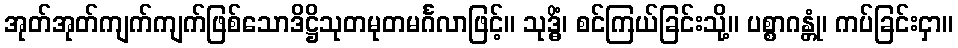
အုတ်အုတ်ကျက်ကျက်ဖြစ်သောဒိဋ္ဌိသုတမုတမင်္ဂလာဖြင့်။ သုဒ္ဓိံ၊ စင်ကြယ်ခြင်းသို့။ ပစ္စာဂန္တုံ၊ ကပ်ခြင်းငှာ။